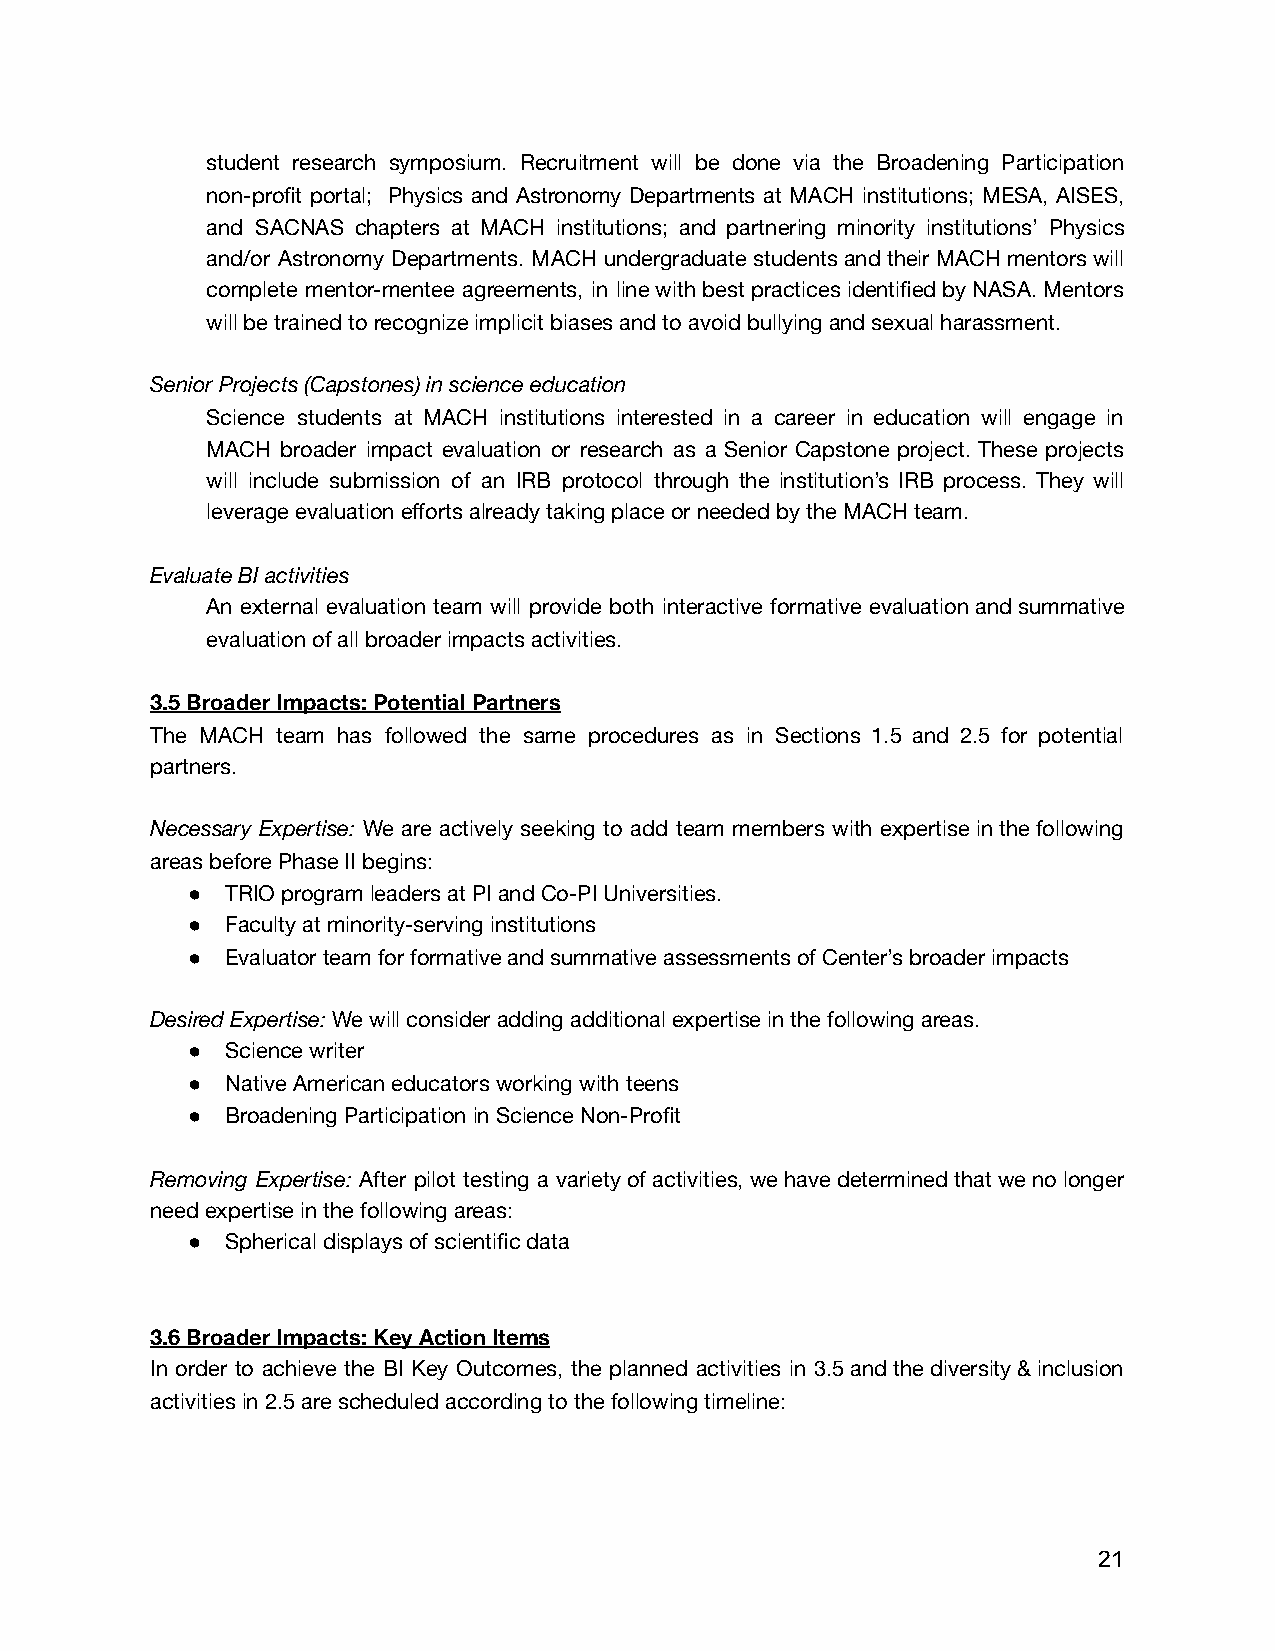
student research symposium. Recruitment will be done via the Broadening Participation
 non-profit portal; Physics and Astronomy Departments at MACH institutions; MESA, AISES,
 and SACNAS chapters at MACH institutions; and partnering minority institutions’ Physics
 and/or Astronomy Departments. MACH undergraduate students and their MACH mentors will
 complete mentor-mentee agreements, in line with best practices identified by NASA. Mentors
 will be trained to recognize implicit biases and to avoid bullying and sexual harassment.
 Senior Projects (Capstones) in science education
 Science students at MACH institutions interested in a career in education will engage in
 MACH broader impact evaluation or research as a Senior Capstone project. These projects
 will include submission of an IRB protocol through the institution’s IRB process. They will
 leverage evaluation efforts already taking place or needed by the MACH team.
 Evaluate BI activities
 An external evaluation team will provide both interactive formative evaluation and summative
 evaluation of all broader impacts activities.
 3.5 Broader Impacts: Potential Partners
 The MACH team has followed the same procedures as in Sections 1.5 and 2.5 for potential
 partners.
 Necessary Expertise: We are actively seeking to add team members with expertise in the following
 areas before Phase II begins:
 ●  TRIO program leaders at PI and Co-PI Universities.
 ●  Faculty at minority-serving institutions
 ●  Evaluator team for formative and summative assessments of Center’s broader impacts
 Desired Expertise: W e will consider adding additional expertise in the following areas.
 ●  Science writer
 ●  Native American educators working with teens
 ●  Broadening Participation in Science Non-Profit
 Removing Expertise: After pilot testing a variety of activities, we have determined that we no longer
 need expertise in the following areas:
 ●  Spherical displays of scientific data
 3.6 Broader Impacts: Key Action Items
 In order to achieve the BI Key Outcomes, the planned activities in 3.5 and the diversity & inclusion
 activities in 2.5 are scheduled according to the following timeline:
 21